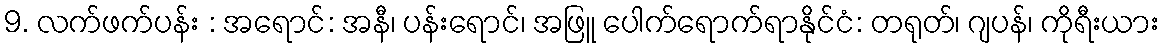
9. လက်ဖက်ပန်း : အရောင်: အနီ၊ ပန်းရောင်၊ အဖြူ ပေါက်ရောက်ရာနိုင်ငံ: တရုတ်၊ ဂျပန်၊ ကိုရီးယား